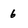
Character: 6